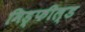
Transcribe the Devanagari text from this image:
मिड्फील्ड